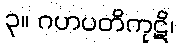
၃။ ဂဟပတိကုဋိ၊